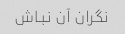
نگران آن نباش